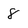
Character: 8